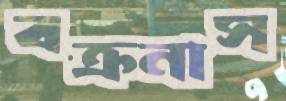
বক্রনাস